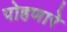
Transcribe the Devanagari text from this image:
पोहणारे